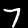
Label: 7